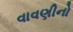
વાવણીનો